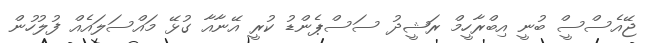
ޖޭއެސްސީް ބުނީ އިބްރާހީމް ރަޝީދު ސަސްޕެންޑު ކުރީ އޭނާއާ ގުޅޭ މައްސަލައެއް ފުލުހުން